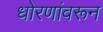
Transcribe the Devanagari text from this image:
धोरणांवरून